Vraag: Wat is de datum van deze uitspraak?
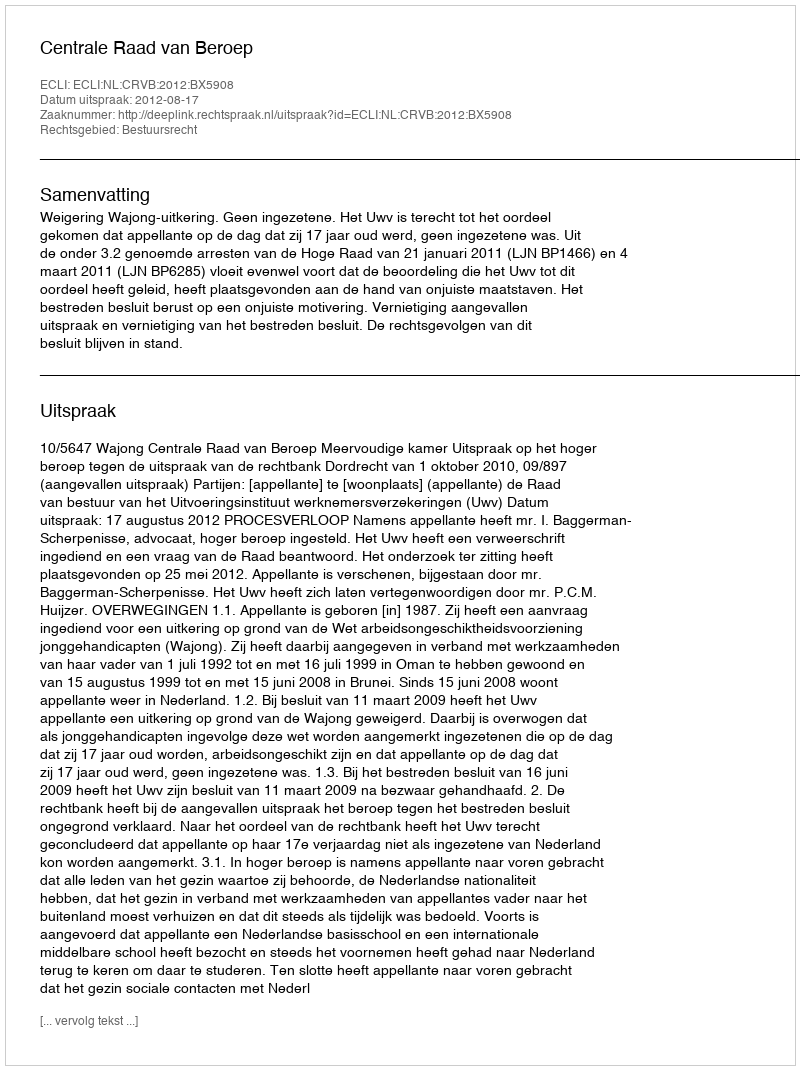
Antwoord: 2012-08-17